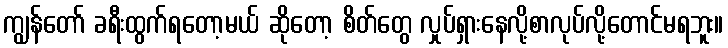
ကျွန်တော် ခရီးထွက်ရတော့မယ် ဆိုတော့ စိတ်တွေ လှုပ်ရှားနေလို့စာလုပ်လို့တောင်မရဘူး။